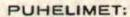
PUHELIMET: